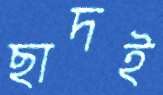
ছাদই